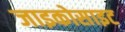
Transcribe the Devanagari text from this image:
जाइकोसाइट